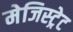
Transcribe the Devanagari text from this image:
मेजिस्ट्रेट